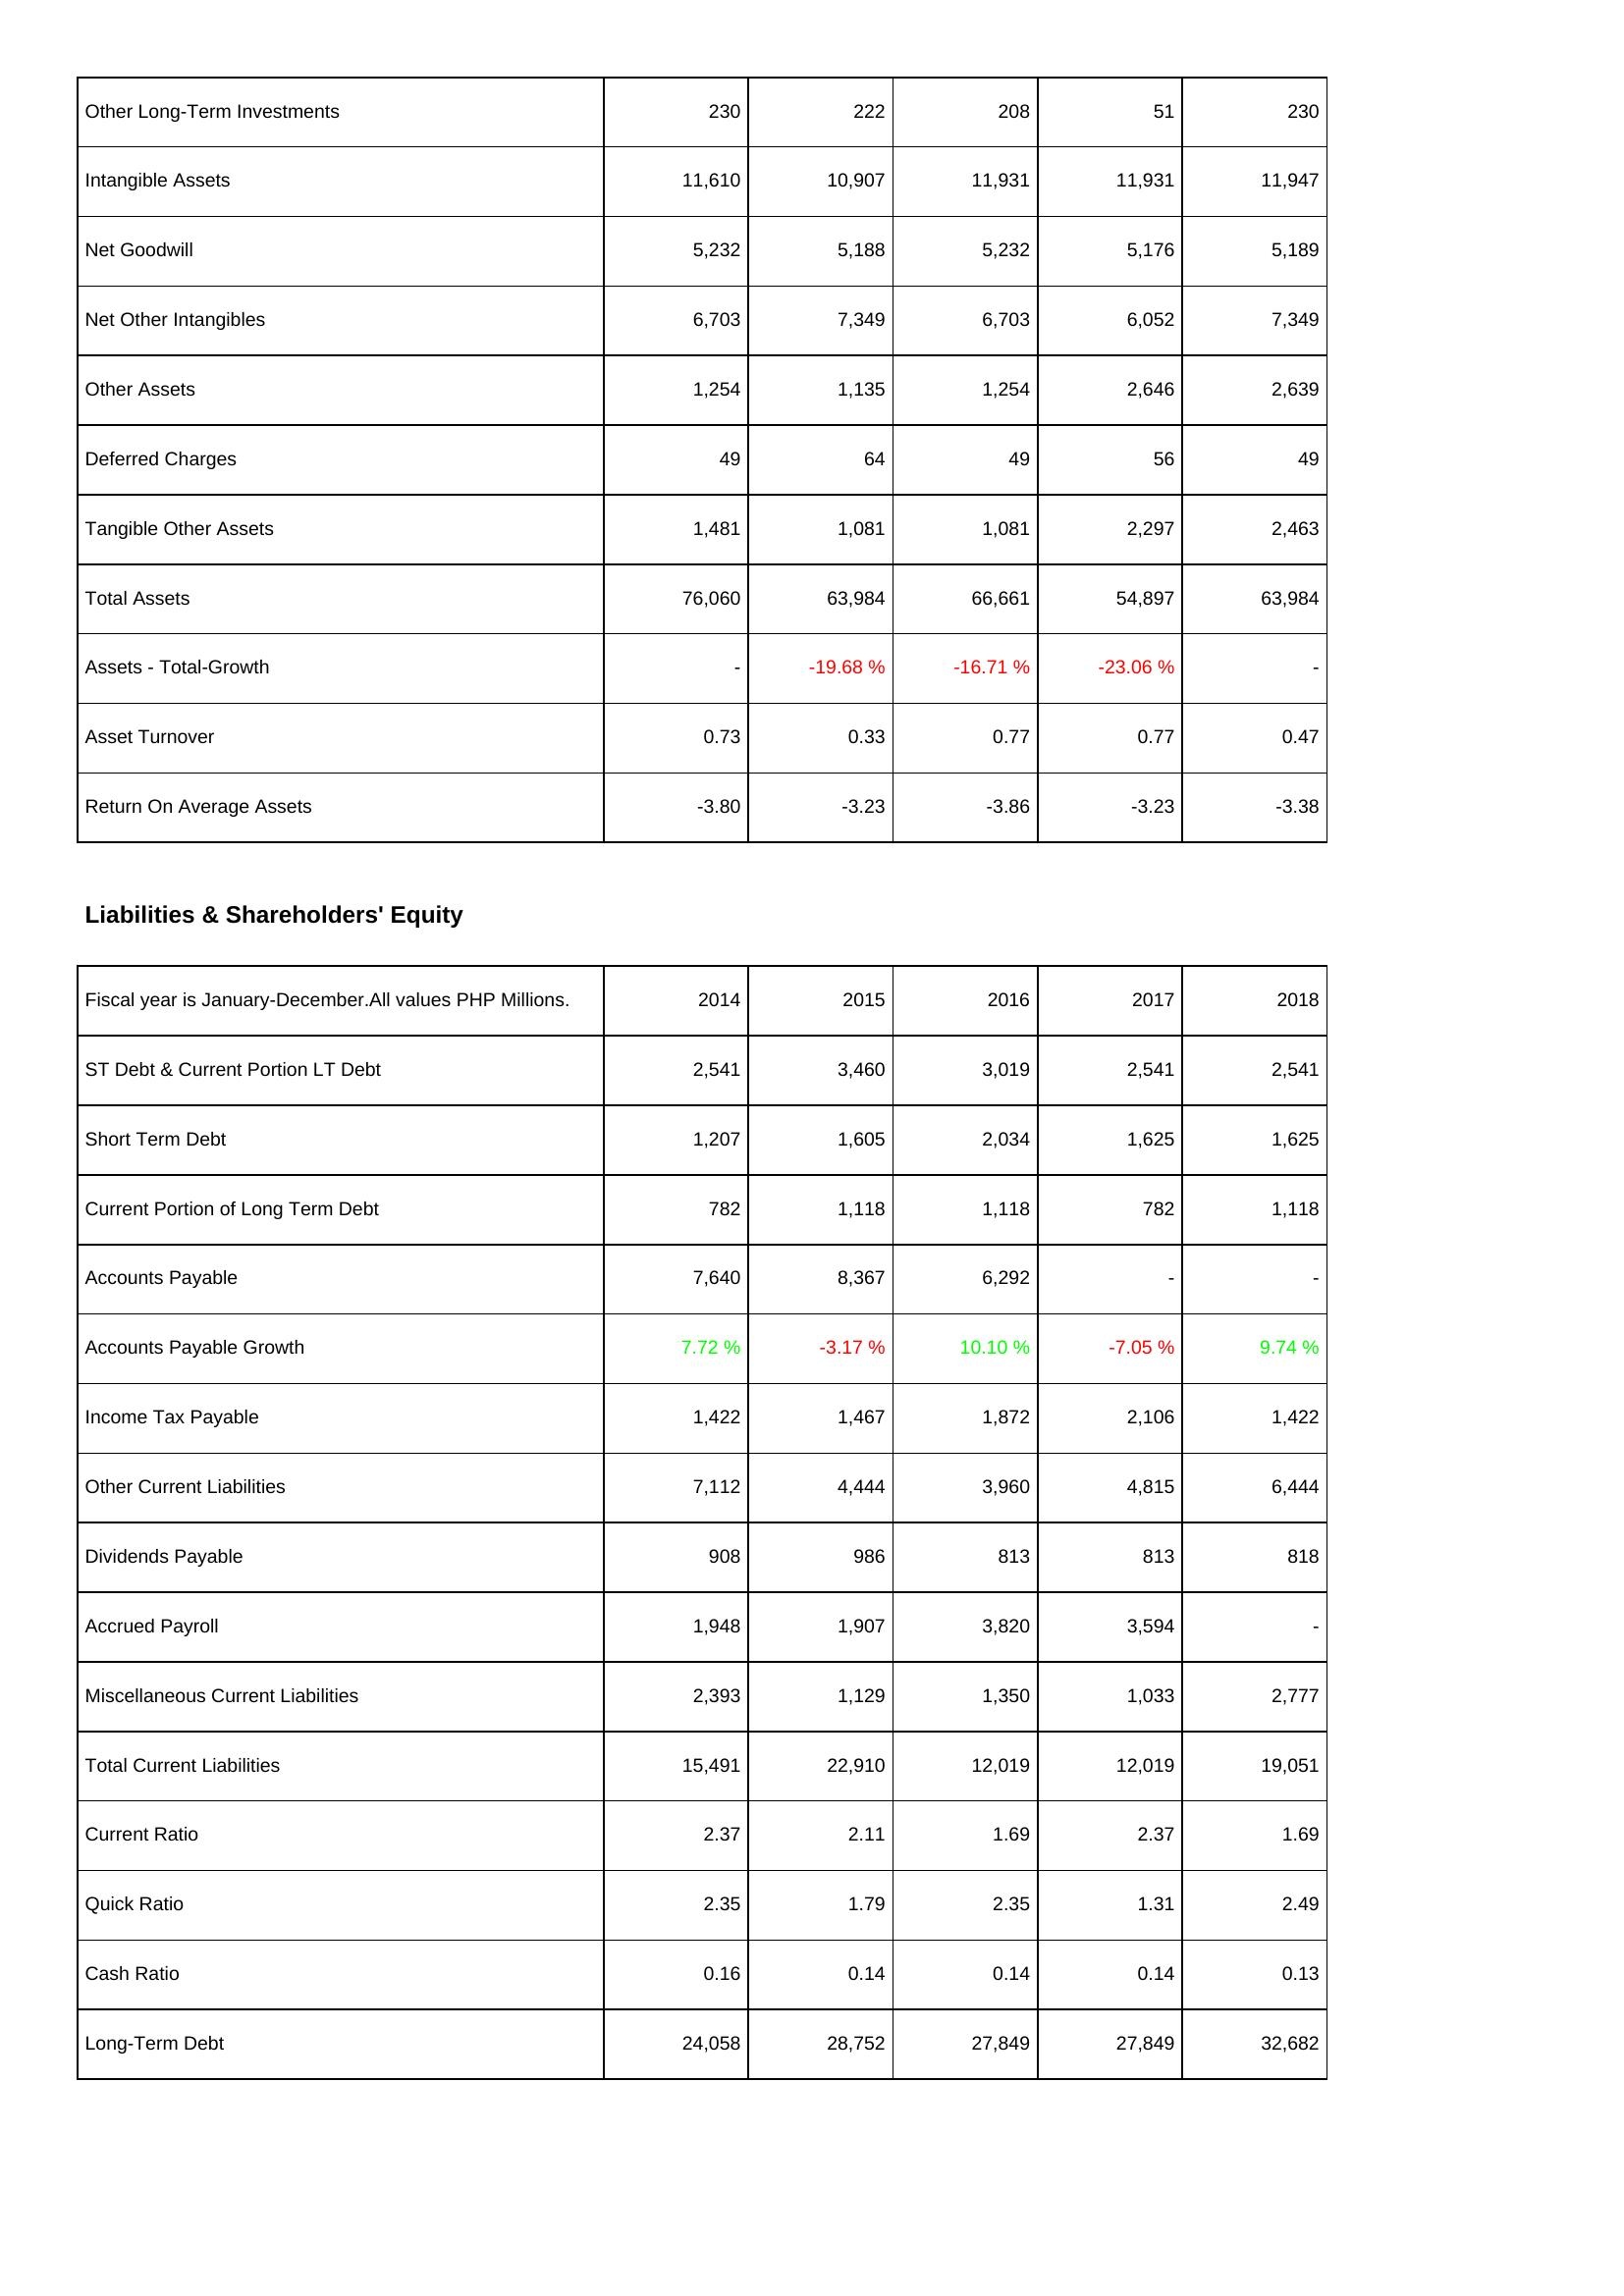
2014: Assets: Other Long-Term Investments: 230
Intangible Assets: 11,610
Net Goodwill: 5,232
Net Other Intangibles: 6,703
Other Assets: 1,254
Deferred Charges: 49
Tangible Other Assets: 1,481
Total Assets: 76,060
Assets - Total-Growth: -
Asset Turnover: 0.73
Return On Average Assets: -3.80
Liabilities & Shareholders' Equity: ST Debt & Current Portion LT Debt: 2,541
Short Term Debt: 1,207
Current Portion of Long Term Debt: 782
Accounts Payable: 7,640
Accounts Payable Growth: 7.72 %
Income Tax Payable: 1,422
Other Current Liabilities: 7,112
Dividends Payable: 908
Accrued Payroll: 1,948
Miscellaneous Current Liabilities: 2,393
Total Current Liabilities: 15,491
Current Ratio: 2.37
Quick Ratio: 2.35
Cash Ratio: 0.16
Long-Term Debt: 24,058
2015: Assets: Other Long-Term Investments: 222
Intangible Assets: 10,907
Net Goodwill: 5,188
Net Other Intangibles: 7,349
Other Assets: 1,135
Deferred Charges: 64
Tangible Other Assets: 1,081
Total Assets: 63,984
Assets - Total-Growth: -19.68 %
Asset Turnover: 0.33
Return On Average Assets: -3.23
Liabilities & Shareholders' Equity: ST Debt & Current Portion LT Debt: 3,460
Short Term Debt: 1,605
Current Portion of Long Term Debt: 1,118
Accounts Payable: 8,367
Accounts Payable Growth: -3.17 %
Income Tax Payable: 1,467
Other Current Liabilities: 4,444
Dividends Payable: 986
Accrued Payroll: 1,907
Miscellaneous Current Liabilities: 1,129
Total Current Liabilities: 22,910
Current Ratio: 2.11
Quick Ratio: 1.79
Cash Ratio: 0.14
Long-Term Debt: 28,752
2016: Assets: Other Long-Term Investments: 208
Intangible Assets: 11,931
Net Goodwill: 5,232
Net Other Intangibles: 6,703
Other Assets: 1,254
Deferred Charges: 49
Tangible Other Assets: 1,081
Total Assets: 66,661
Assets - Total-Growth: -16.71 %
Asset Turnover: 0.77
Return On Average Assets: -3.86
Liabilities & Shareholders' Equity: ST Debt & Current Portion LT Debt: 3,019
Short Term Debt: 2,034
Current Portion of Long Term Debt: 1,118
Accounts Payable: 6,292
Accounts Payable Growth: 10.10 %
Income Tax Payable: 1,872
Other Current Liabilities: 3,960
Dividends Payable: 813
Accrued Payroll: 3,820
Miscellaneous Current Liabilities: 1,350
Total Current Liabilities: 12,019
Current Ratio: 1.69
Quick Ratio: 2.35
Cash Ratio: 0.14
Long-Term Debt: 27,849
2017: Assets: Other Long-Term Investments: 51
Intangible Assets: 11,931
Net Goodwill: 5,176
Net Other Intangibles: 6,052
Other Assets: 2,646
Deferred Charges: 56
Tangible Other Assets: 2,297
Total Assets: 54,897
Assets - Total-Growth: -23.06 %
Asset Turnover: 0.77
Return On Average Assets: -3.23
Liabilities & Shareholders' Equity: ST Debt & Current Portion LT Debt: 2,541
Short Term Debt: 1,625
Current Portion of Long Term Debt: 782
Accounts Payable: -
Accounts Payable Growth: -7.05 %
Income Tax Payable: 2,106
Other Current Liabilities: 4,815
Dividends Payable: 813
Accrued Payroll: 3,594
Miscellaneous Current Liabilities: 1,033
Total Current Liabilities: 12,019
Current Ratio: 2.37
Quick Ratio: 1.31
Cash Ratio: 0.14
Long-Term Debt: 27,849
2018: Assets: Other Long-Term Investments: 230
Intangible Assets: 11,947
Net Goodwill: 5,189
Net Other Intangibles: 7,349
Other Assets: 2,639
Deferred Charges: 49
Tangible Other Assets: 2,463
Total Assets: 63,984
Assets - Total-Growth: -
Asset Turnover: 0.47
Return On Average Assets: -3.38
Liabilities & Shareholders' Equity: ST Debt & Current Portion LT Debt: 2,541
Short Term Debt: 1,625
Current Portion of Long Term Debt: 1,118
Accounts Payable: -
Accounts Payable Growth: 9.74 %
Income Tax Payable: 1,422
Other Current Liabilities: 6,444
Dividends Payable: 818
Accrued Payroll: -
Miscellaneous Current Liabilities: 2,777
Total Current Liabilities: 19,051
Current Ratio: 1.69
Quick Ratio: 2.49
Cash Ratio: 0.13
Long-Term Debt: 32,682